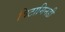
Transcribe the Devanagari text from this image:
विटामिनडी